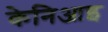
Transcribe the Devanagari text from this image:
केनिआइ